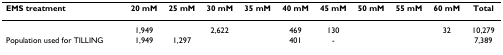
<table><thead><tr><td><b>EMS treatment</b></td><td><b>20 mM</b></td><td><b>25 mM</b></td><td><b>30 mM</b></td><td><b>35 mM</b></td><td><b>40 mM</b></td><td><b>45 mM</b></td><td><b>50 mM</b></td><td><b>55 mM</b></td><td><b>60 mM</b></td><td><b>Total</b></td></tr></thead><tbody><tr><td>[EMPTY_CELL]</td><td>1,949</td><td>[EMPTY_CELL]</td><td>2,622</td><td>[EMPTY_CELL]</td><td>469</td><td>130</td><td>[EMPTY_CELL]</td><td>[EMPTY_CELL]</td><td>32</td><td>10,279</td></tr><tr><td>Population used for TILLING</td><td>1,949</td><td>1,297</td><td>[EMPTY_CELL]</td><td>[EMPTY_CELL]</td><td>401</td><td>-</td><td>[EMPTY_CELL]</td><td>[EMPTY_CELL]</td><td>[EMPTY_CELL]</td><td>7,389</td></tr></tbody></table>